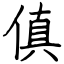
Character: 傎